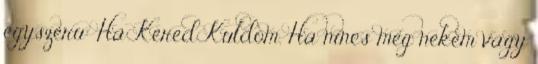
egyszeru: Ha Kered Kuldom. Ha nincs meg nekem vagy